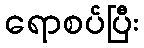
ရောစပ်ပြီး